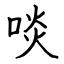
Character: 啖